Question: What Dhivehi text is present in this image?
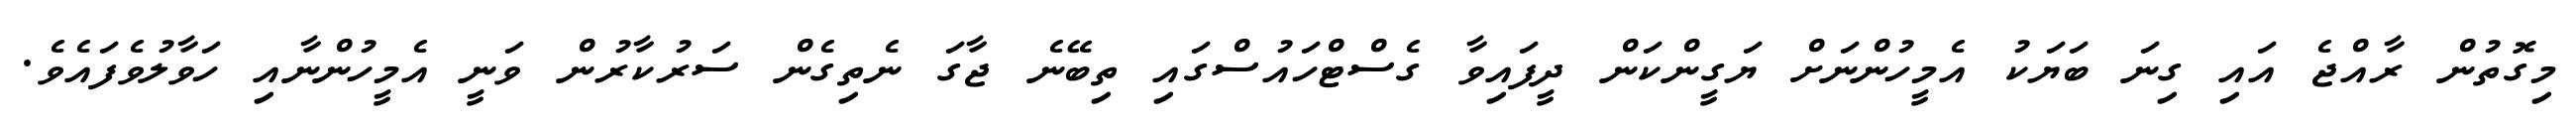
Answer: މިގޮތުން ރާއްޖެ އައި ގިނަ ބަޔަކު އެމީހުންނަށް ޔަގީންކަން ދީފައިވާ ގެސްޓްހައުސްގައި ތިބޭނެ ޖާގަ ނެތިގެން ސަރުކާރުން ވަނީ އެމީހުންނާއި ހަވާލުވެފައެވެ.